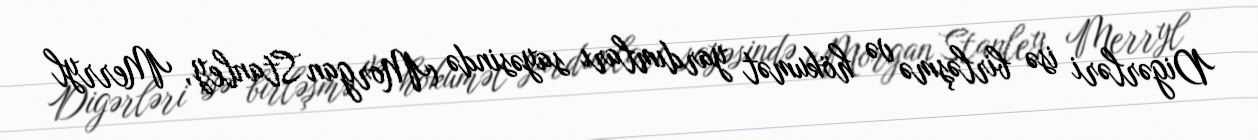
Digərləri isə birləşmə və hökumət yardımları sayəsində (Morgan Stanley, Merryl